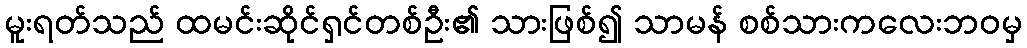
မူးရတ်သည် ထမင်းဆိုင်ရှင်တစ်ဦး၏ သားဖြစ်၍ သာမန် စစ်သားကလေးဘဝမှ